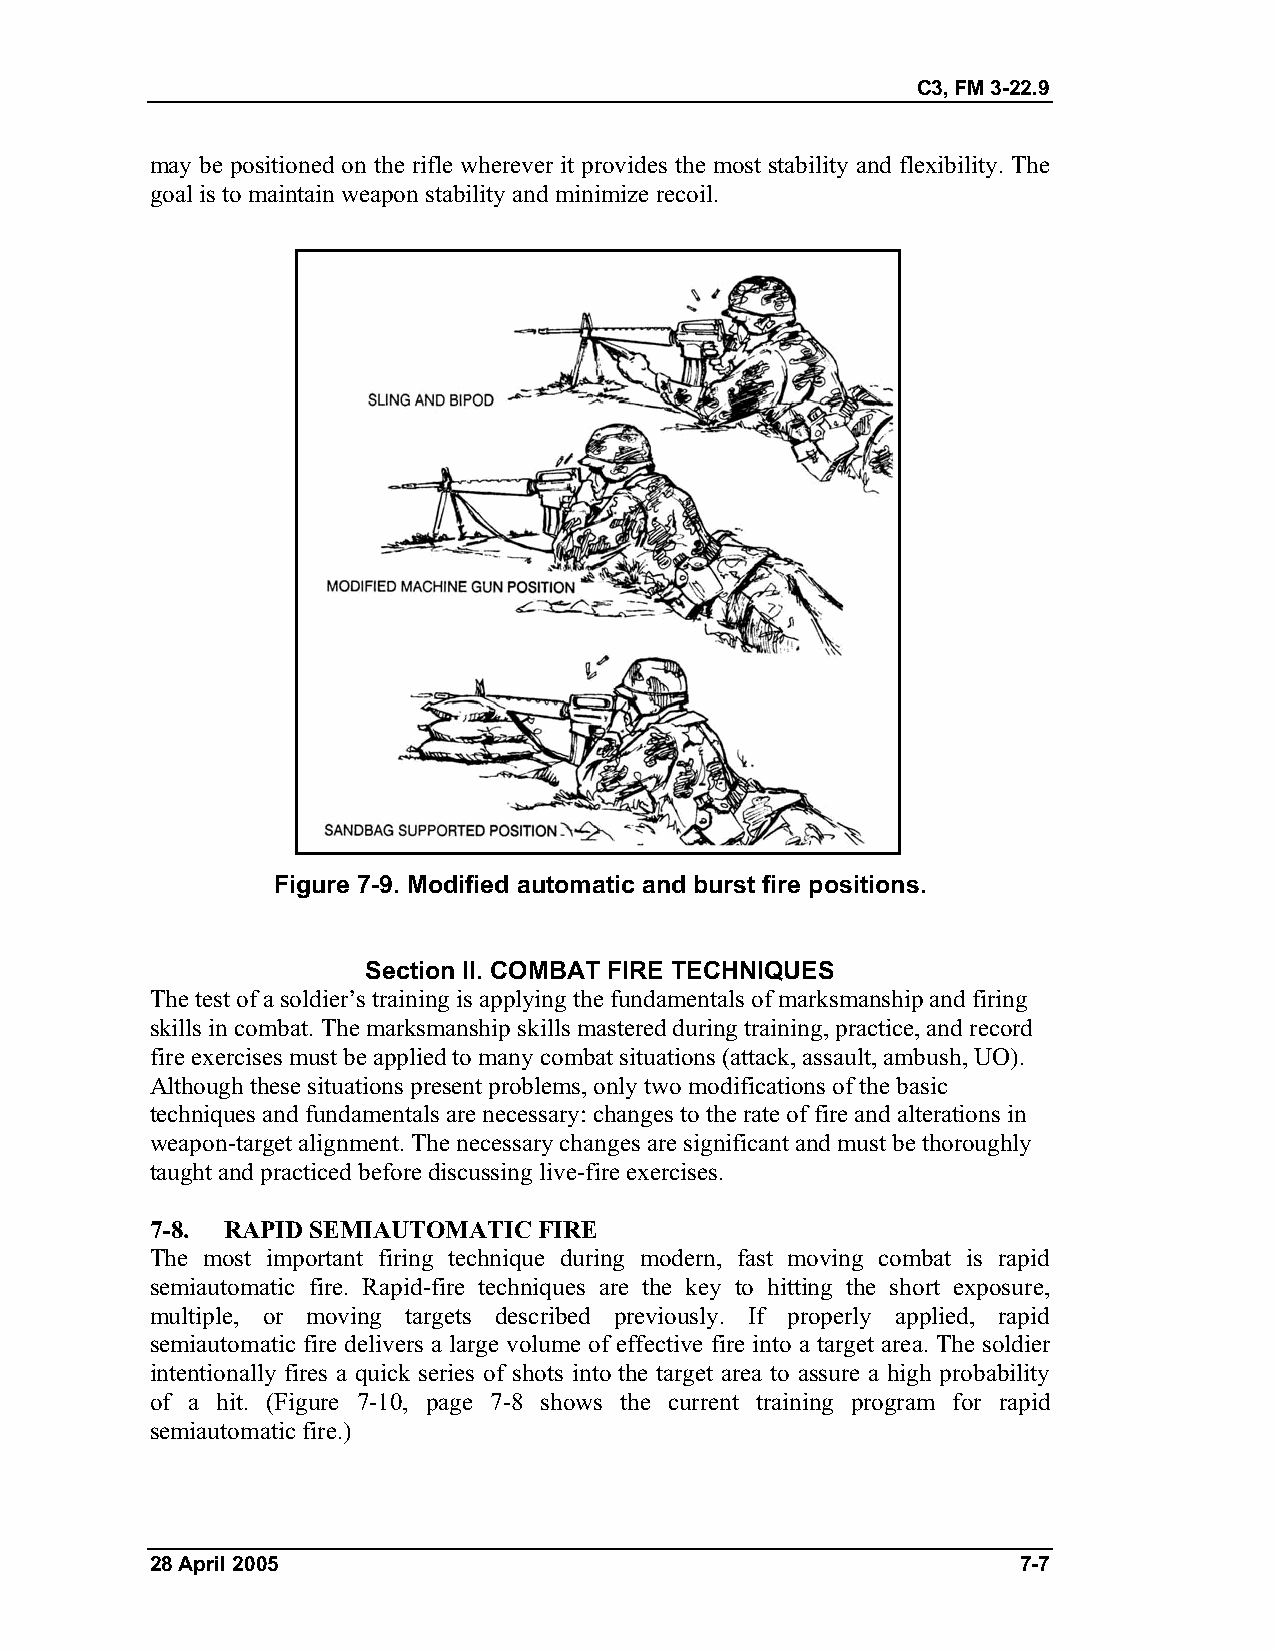
C3, FM 3-22.9
 may be positioned on the rifle wherever it provides the most stability and flexibility. The
 goal is to maintain weapon stability and minimize recoil.
 Figure 7-9. Modified automatic and burst fire positions.
 Section II. COMBAT FIRE TECHNIQUES
 The test of a soldier’s training is applying the fundamentals of marksmanship and firing
 skills in combat. The marksmanship skills mastered during training, practice, and record
 fire exercises must be applied to many combat situations (attack, assault, ambush, UO).
 Although these situations present problems, only two modifications of the basic
 techniques and fundamentals are necessary: changes to the rate of fire and alterations in
 weapon-target alignment. The necessary changes are significant and must be thoroughly
 taught and practiced before discussing live-fire exercises.
 7-8. RAPID SEMIAUTOMATIC  FIRE
 The most important firing technique during modern, fast moving combat is rapid
 semiautomatic fire. Rapid-fire techniques are the key to hitting the short exposure,
 multiple, or moving targets described previously. If properly applied, rapid
 semiautomatic fire delivers a large volume of effective fire into a target area. The soldier
 intentionally fires a quick series of shots into the target area to assure a high probability
 of a hit. (Figure 7-10, page 7-8 shows the current training program for rapid
 semiautomatic fire.)
 28 April 2005                                             7-7